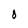
Character: 0